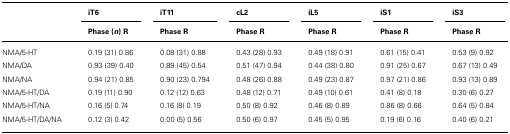
<table><thead><tr><td></td><td><b>iT6</b></td><td><b>iT11</b></td><td><b>cL2</b></td><td><b>iL5</b></td><td><b>iS1</b></td><td><b>iS3</b></td></tr><tr><td></td><td><b>Phase (<i>n</i>) R</b></td><td><b>Phase R</b></td><td><b>Phase R</b></td><td><b>Phase R</b></td><td><b>Phase R</b></td><td><b>Phase R</b></td></tr></thead><tbody><tr><td>NMA/5-HT</td><td>0.19 (31) 0.86</td><td>0.08 (31) 0.88</td><td>0.43 (28) 0.93</td><td>0.49 (18) 0.91</td><td>0.61 (15) 0.41</td><td>0.53 (9) 0.92</td></tr><tr><td>NMA/DA</td><td>0.93 (39) 0.40</td><td>0.89 (45) 0.54</td><td>0.51 (47) 0.94</td><td>0.44 (38) 0.80</td><td>0.91 (25) 0.67</td><td>0.67 (13) 0.49</td></tr><tr><td>NMA/NA</td><td>0.94 (21) 0.85</td><td>0.90 (23) 0.794</td><td>0.48 (26) 0.88</td><td>0.49 (23) 0.87</td><td>0.97 (21) 0.86</td><td>0.93 (13) 0.89</td></tr><tr><td>NMA/5-HT/DA</td><td>0.19 (11) 0.90</td><td>0.12 (12) 0.63</td><td>0.48 (12) 0.71</td><td>0.49 (10) 0.61</td><td>0.41 (8) 0.18</td><td>0.30 (6) 0.27</td></tr><tr><td>NMA/5-HT/NA</td><td>0.16 (5) 0.74</td><td>0.16 (8) 0.19</td><td>0.50 (8) 0.92</td><td>0.46 (8) 0.89</td><td>0.86 (8) 0.66</td><td>0.64 (5) 0.84</td></tr><tr><td>NMA/5-HT/DA/NA</td><td>0.12 (3) 0.42</td><td>0.00 (5) 0.56</td><td>0.50 (6) 0.97</td><td>0.45 (5) 0.95</td><td>0.19 (6) 0.16</td><td>0.40 (6) 0.21</td></tr></tbody></table>